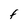
Character: F